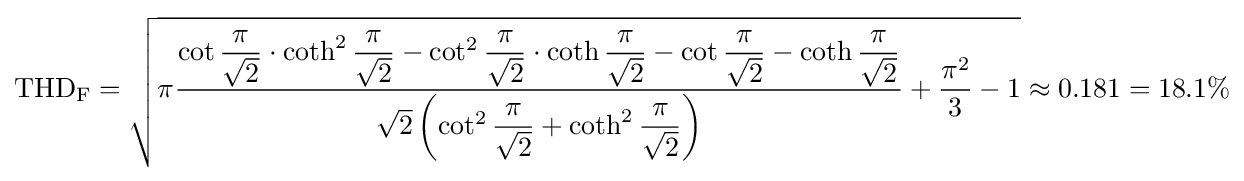
\mathrm {THD_{F}} ={\sqrt {\pi {\frac {\cot {\dfrac {\pi }{\sqrt {2}}}\cdot \coth ^{2}{\dfrac {\pi }{\sqrt {2}}}-\cot ^{2}{\dfrac {\pi }{\sqrt {2}}}\cdot \coth {\dfrac {\pi }{\sqrt {2}}}-\cot {\dfrac {\pi }{\sqrt {2}}}-\coth {\dfrac {\pi }{\sqrt {2}}}}{{\sqrt {2}}\left(\cot ^{2}{\dfrac {\pi }{\sqrt {2}}}+\coth ^{2}{\dfrac {\pi }{\sqrt {2}}}\right)}}+{\frac {\pi ^{2}}{3}}-1}}\approx 0.181=18.1\%